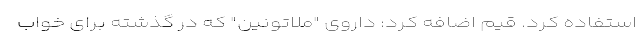
استفاده کرد. قیم اضافه کرد: داروی "ملاتونین" که در گذشته برای خواب